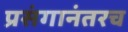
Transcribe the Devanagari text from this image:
प्रसंगानंतरच